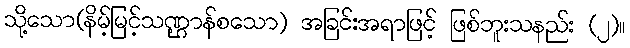
သို့သော(နိမ့်မြင့်သဏ္ဌာန်စသော) အခြင်းအရာဖြင့် ဖြစ်ဘူးသနည်း (၂)။